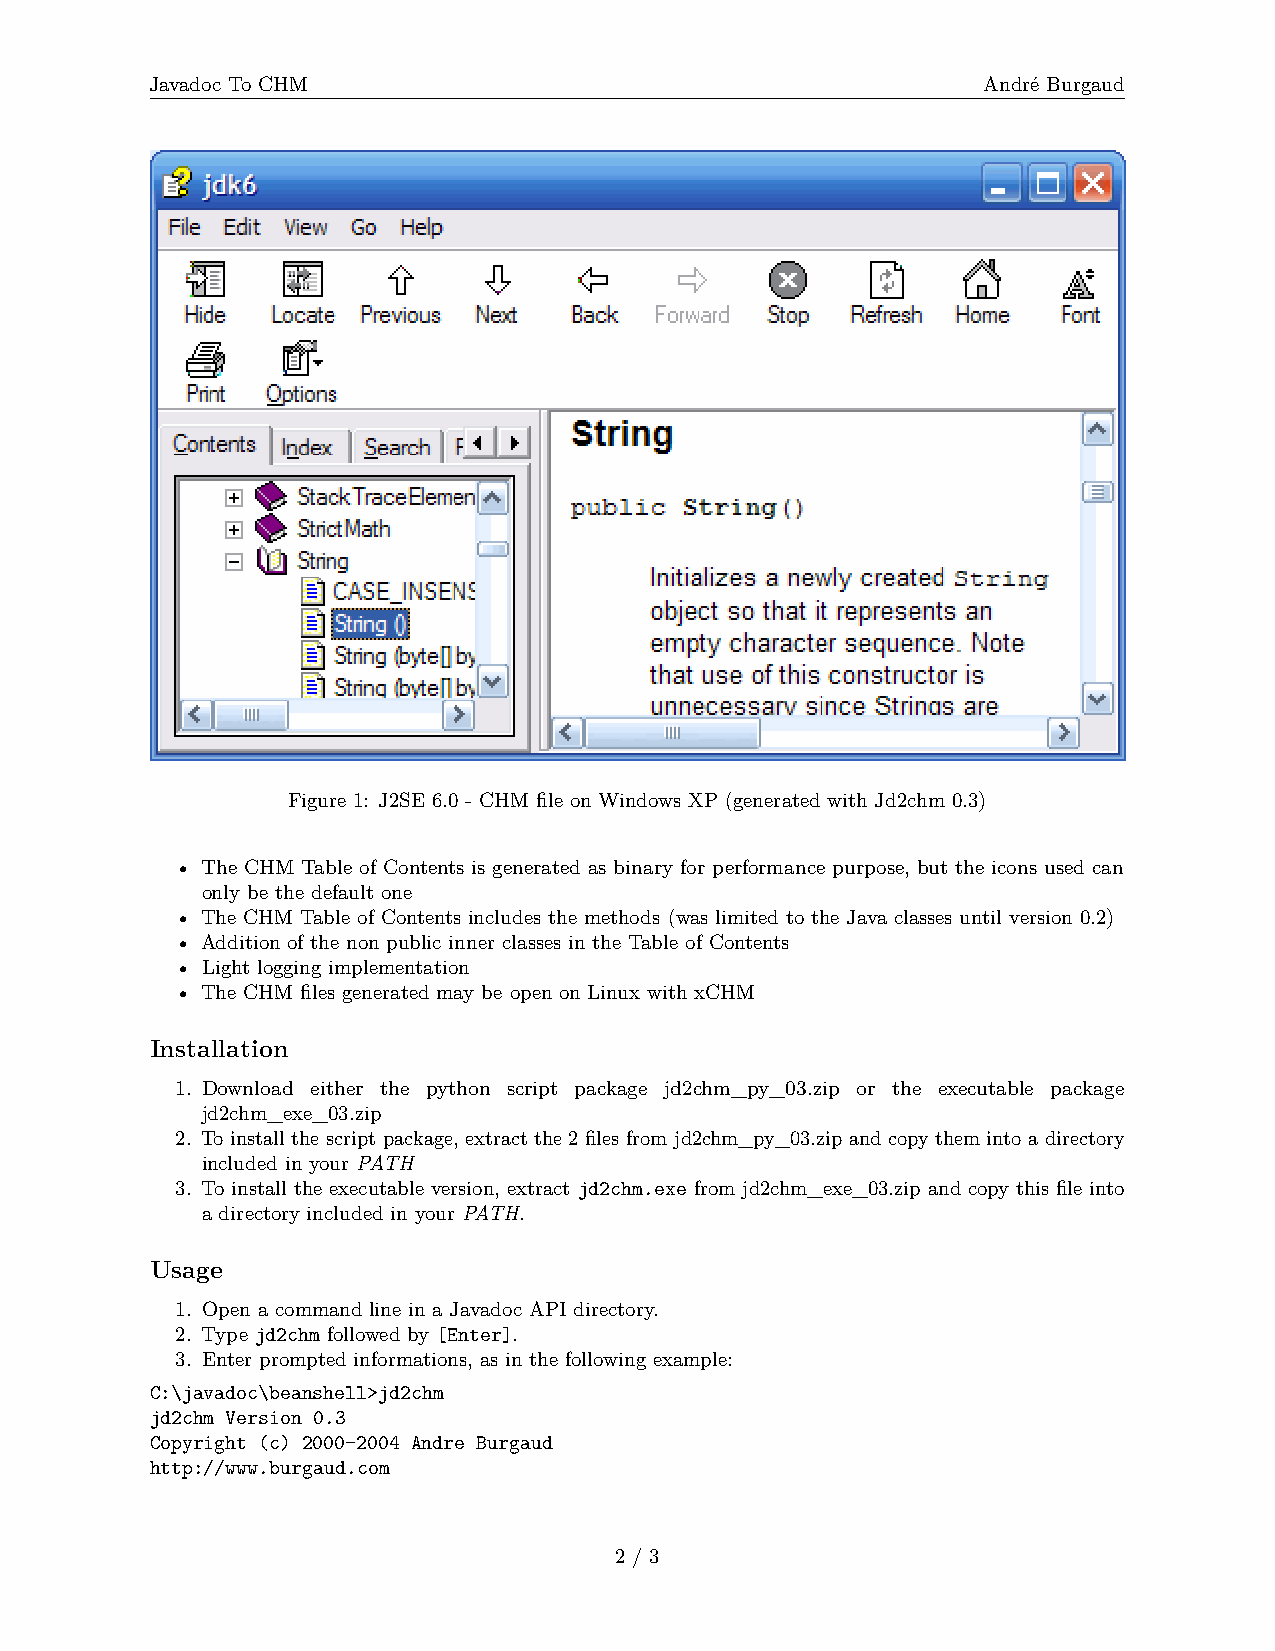
Javadoc To CHM                                         André Burgaud
 Figure 1: J2SE 6.0 - CHM file on Windows XP (generated with Jd2chm 0.3)
 • The CHM Table of Contents is generated as binary for performance purpose, but the icons used can
 only be the default one
 • The CHM Table of Contents includes the methods (was limited to the Java classes until version 0.2)
 • Addition of the non public inner classes in the Table of Contents
 • Light logging implementation
 • The CHM files generated may be open on Linux with xCHM
 Installation
 1. Download either the python script package jd2chm_py_03.zip or the executable package
 jd2chm_exe_03.zip
 2. To install the script package, extract the 2 files from jd2chm_py_03.zip and copy them into a directory
 included in your PATH
 3. To install the executable version, extract jd2chm.exe from jd2chm_exe_03.zip and copy this file into
 a directory included in your PATH.
 Usage
 1. Open a command line in a Javadoc API directory.
 2. Type jd2chm followed by [Enter].
 3. Enter prompted informations, as in the following example:
 C:\javadoc\beanshell>jd2chm
 jd2chm Version 0.3
 Copyright (c) 2000-2004 Andre Burgaud
 http://www.burgaud.com
 2 / 3